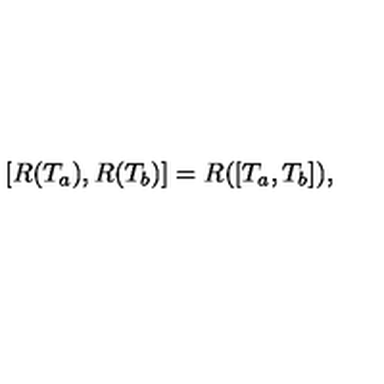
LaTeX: [ R ( T _ { a } ) , R ( T _ { b } ) ] = R ( [ T _ { a } , T _ { b } ] ) ,